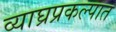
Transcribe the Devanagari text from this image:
व्याघ्रप्रकल्पात